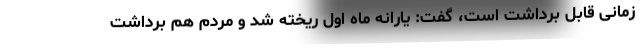
زمانی قابل برداشت است، گفت: یارانه ماه اول ریخته شد و مردم هم برداشت